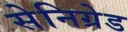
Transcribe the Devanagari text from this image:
सेनिग्रेड